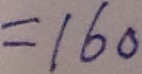
= 1 6 0